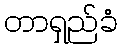
တာရှည်ခံ